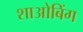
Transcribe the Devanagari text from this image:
शाओबिंग